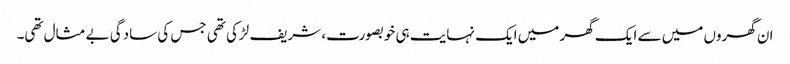
ان گھروں میں سے ایک گھر میں ایک نہایت ہی خوبصورت، شریف لڑکی تھی جس کی سادگی بے مثال تھی۔